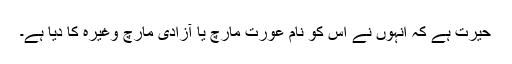
حیرت ہے کہ انہوں نے اس کو نام عورت مارچ یا آزادی مارچ وغیرہ کا دیا ہے۔